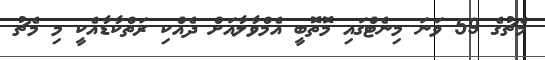
މެޗުގެ 59 ވަނަ މިނެޓްގައި މޮތޮބީ އެމްވާލާއަށް ދެއްކި ރަތްކާޑާއެކީ މި މެޗު